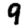
Digit: 9